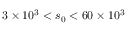
3 \times 1 0 ^ { 3 } < s _ { 0 } < 6 0 \times 1 0 ^ { 3 }